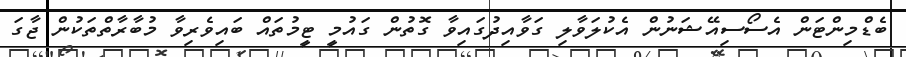
ބެޑްމިންޓަން އެސޯސިއޭޝަނުން އެކުލަވާލި ގަވާއިދުގައިވާ ގޮތުން ގައުމީ ޓީމުތައް ބައިވެރިވާ މުބާރާތްތަކުން ޖާގަ